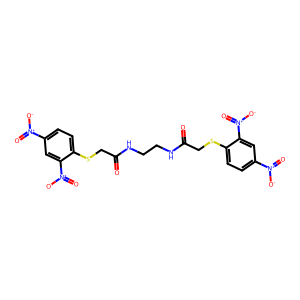
SMILES: O=C(CSc1ccc([N+](=O)[O-])cc1[N+](=O)[O-])NCCNC(=O)CSc1ccc([N+](=O)[O-])cc1[N+](=O)[O-]
Inhibits HIV replication: No